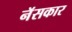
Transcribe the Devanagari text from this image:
नॅसकार